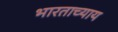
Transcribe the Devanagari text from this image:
भारताच्याय